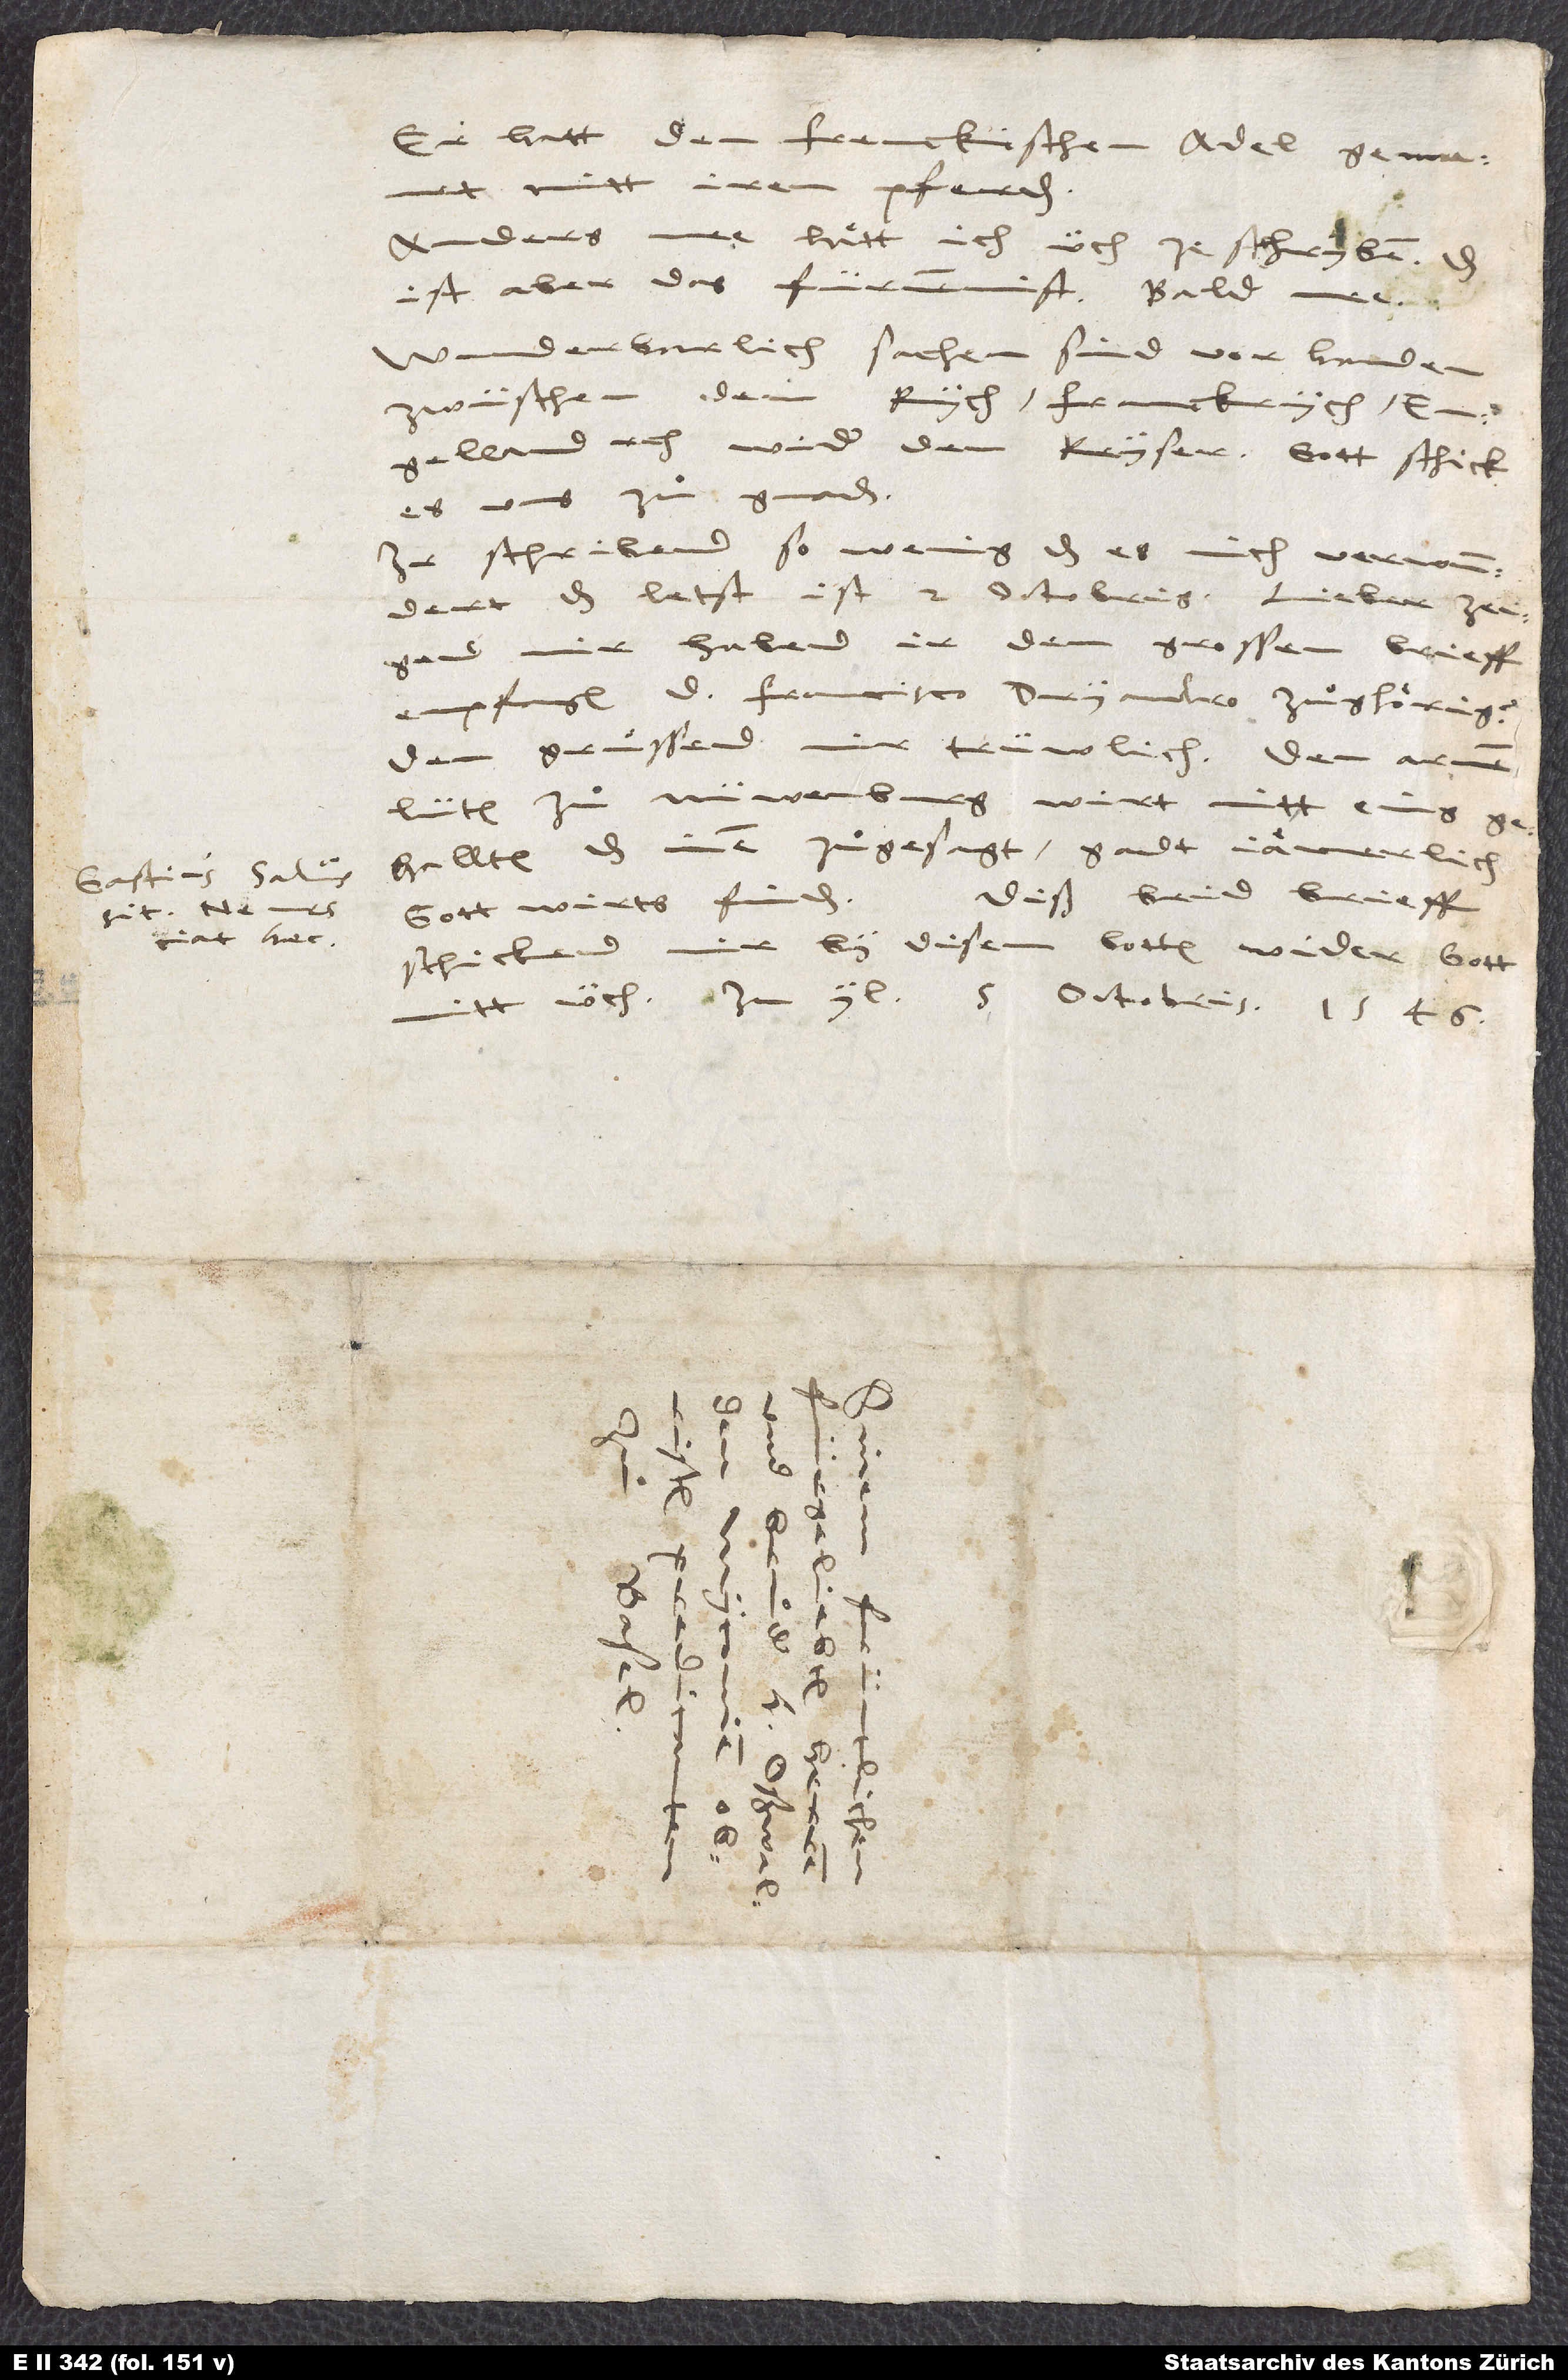
Gastius salvus
haec

Er hatt den frenckischen adel gemanet
mitt iren pferden.
Anders mee haͤtt ich üch ze schryben. Das
ist das fürnemmist. Bald mee.
Wunderbarlich sachen sind vorhanden
zwüschen dem rych, Franckrych,
Engelland, etc., wider den keyser. Gott schick
es uns zuͦ gnaden!
Ir schribend so wenig, das es mich verwundert.
Das letst ist 2. octobris. Lieber, zeigend
mir, habend ir den grossen brieff
empfangen d. Francisco Dryandro zuͦgehoͤrig?
lüten zuͦ Nüwenburg wirt nitt eins
gehalten, das inen zuͦgesagt. Gadt jaͤmerlich.
schickend mir by disem botten wider. Gott
mitt üch! In yl, 5. octobris 1546.